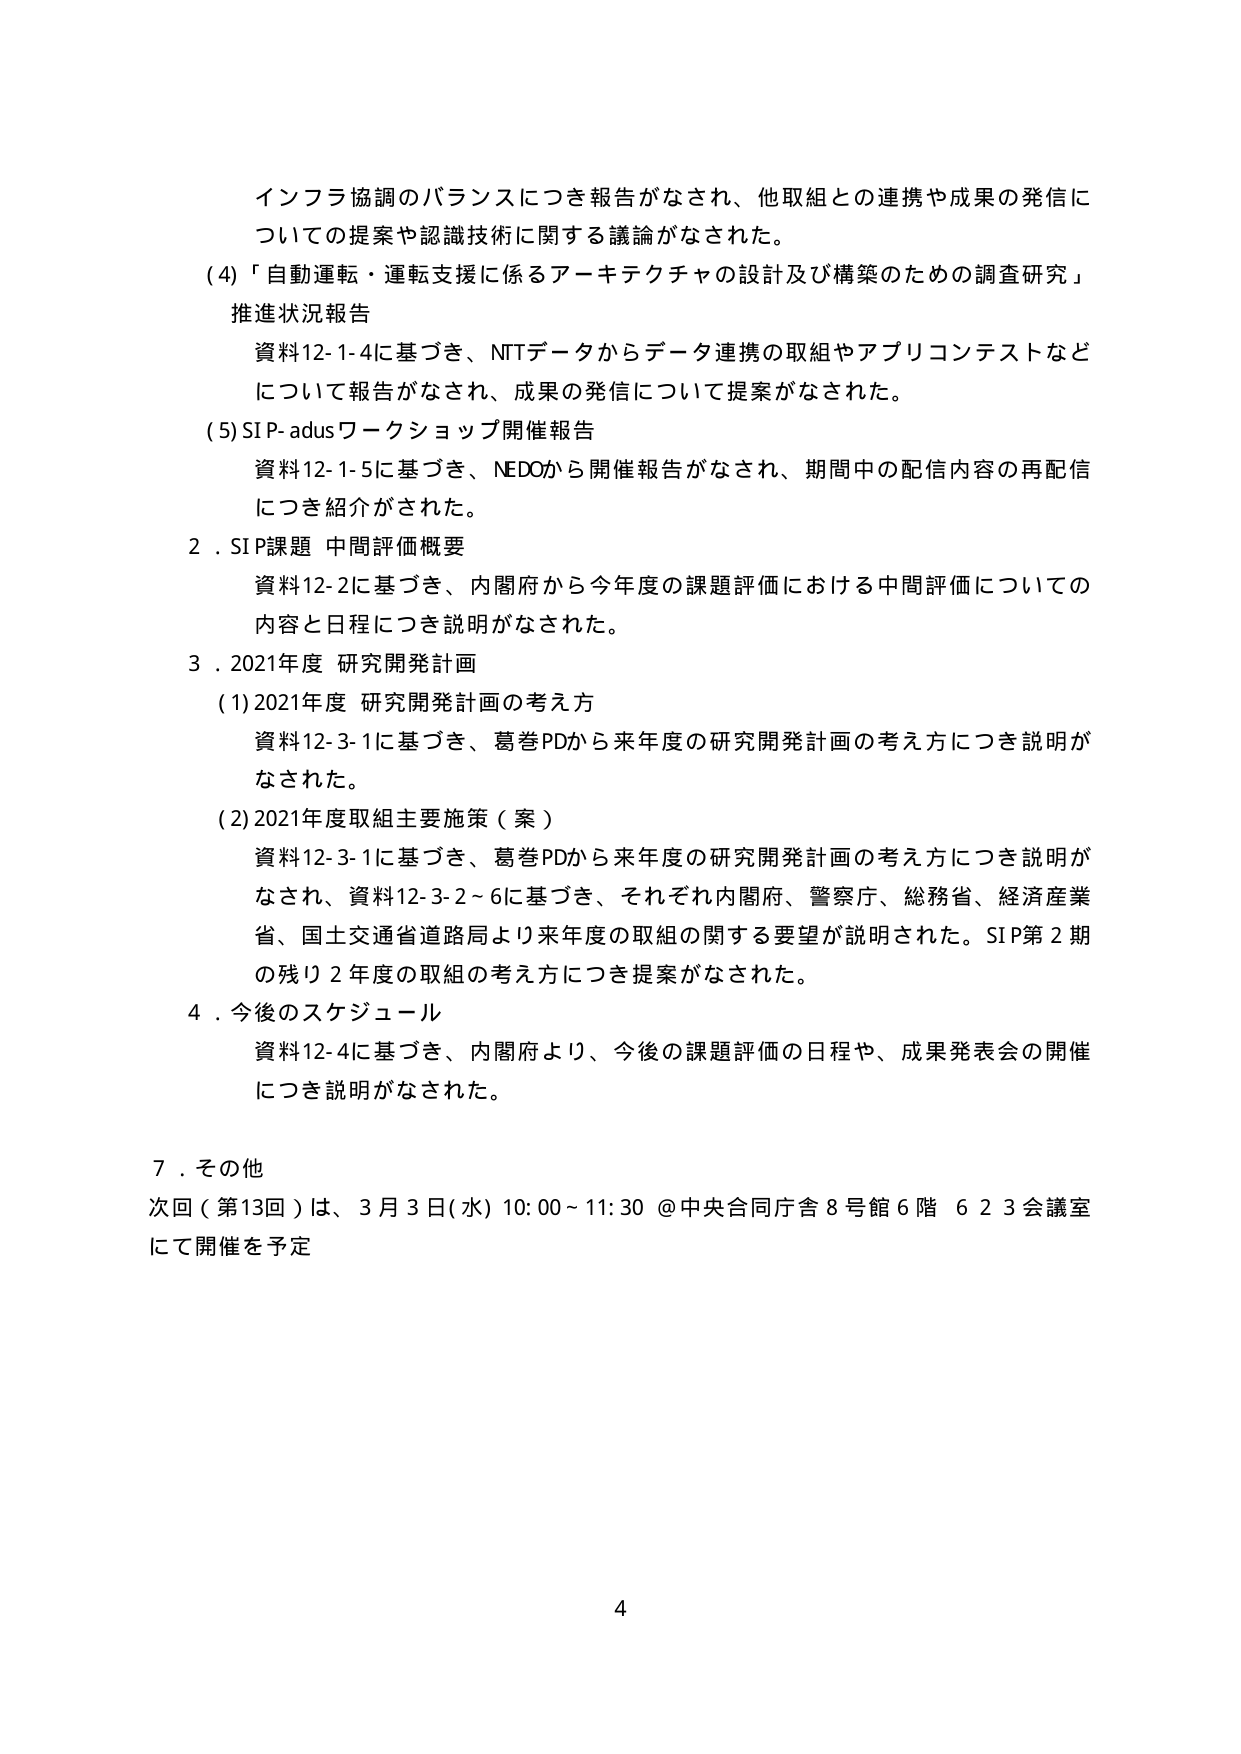
インフラ協調のバランスにつき報告がなされ、他取組との連携や成果の発信についての提案や認識技術に関する議論がなされた。

(4)「自動運転・運転支援に係るアーキテクチャの設計及び構築のための調査研究」
推進状況報告
資料12-1-4に基づき、NTTデータからデータ連携の取組やアプリコンテストなどについて報告がなされ、成果の発信について提案がなされた。

(5) SIP-adusワークショップ開催報告
資料12-1-5に基づき、NEDOから開催報告がなされ、期間中の配信内容の再配信につき紹介がされた。

2．SIP課題 中間評価概要
資料12-2に基づき、内閣府から今年度の課題評価における中間評価についての内容と日程につき説明がなされた。

3．2021年度 研究開発計画
(1) 2021年度 研究開発計画の考え方
資料12-3-1に基づき、葛巻PDから来年度の研究開発計画の考え方につき説明がなされた。

(2) 2021年度取組主要施策（案）
資料12-3-1に基づき、葛巻PDから来年度の研究開発計画の考え方につき説明がなされ、資料12-3-2～6に基づき、それぞれ内閣府、警察庁、総務省、経済産業省、国土交通省道路局より来年度の取組に関する要望が説明された。SIP第2期の残り2年度の取組の考え方につき提案がなされた。

4．今後のスケジュール
資料12-4に基づき、内閣府より、今後の課題評価の日程や、成果発表会の開催につき説明がなされた。

7．その他
次回（第13回）は、3月3日(水) 10:00～11:30 @中央合同庁舎8号館6階 623会議室にて開催を予定

4